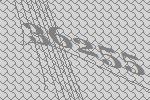
36255